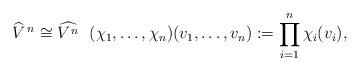
LaTeX: \begin{align*} \widehat{V}^{\,n}\cong \widehat{V^n}\ \ (\chi_1,\ldots,\chi_n)(v_1,\ldots,v_n):=\prod_{i=1}^n\chi_i(v_i),\end{align*}